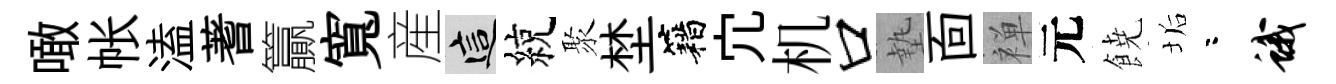
噉帐溘蓍籯寬産這綂聚埜籍宂机口墊靣禅元𩜙垢咯蛾